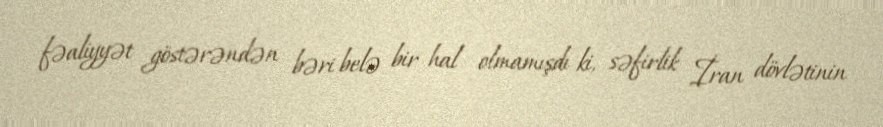
fəaliyyət göstərəndən bəri belə bir hal olmamışdı ki, səfirlik İran dövlətinin